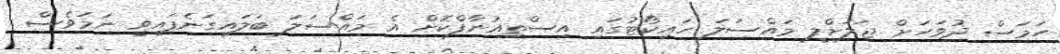
ހަމަސް ދުވަހަށް ޖަލަށްލީ މައްސަލަ ހައިކޯޓުގައި އިސްތިއުނާފްކޮށް އެ މައްސަލަ ބަލައިގަނެފައިވީ ނަމަވެސް